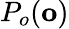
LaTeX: P_{o}(\mathbf{o})